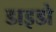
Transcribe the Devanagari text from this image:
डाइडो